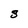
Character: S